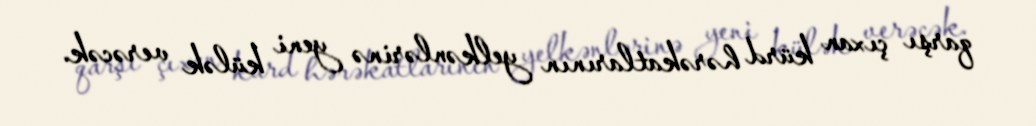
qarşı çıxan kürd hərəkatlarının yelkənlərinə yeni külək verəcək.